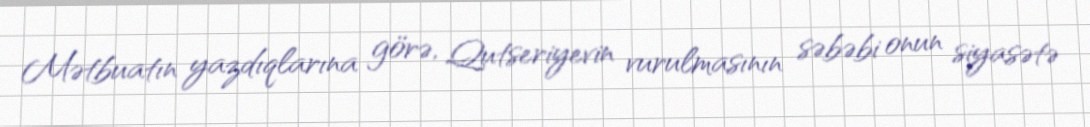
Mətbuatın yazdıqlarına görə, Qutseriyevin vurulmasının səbəbi onun siyasətə